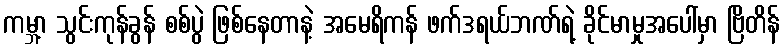
ကမ္ဘာ့ သွင်းကုန်ခွန် စစ်ပွဲ ဖြစ်နေတာနဲ့ အမေရိကန် ဖက်ဒရယ်ဘဏ်ရဲ့ ခိုင်မာမှုအပေါ်မှာ ဗြိတိန်